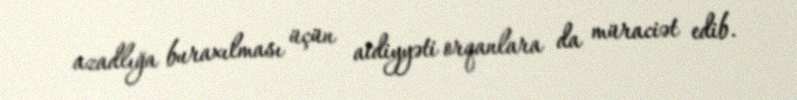
azadlığa buraxılması üçün aidiyyəti orqanlara da müraciət edib.